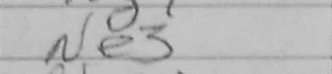
Transcription: Ne3